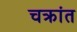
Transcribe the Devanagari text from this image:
चक्रांत